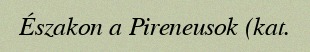
Északon a Pireneusok (kat.